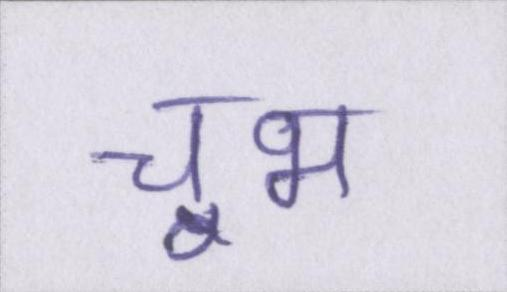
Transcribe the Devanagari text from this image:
चूभ